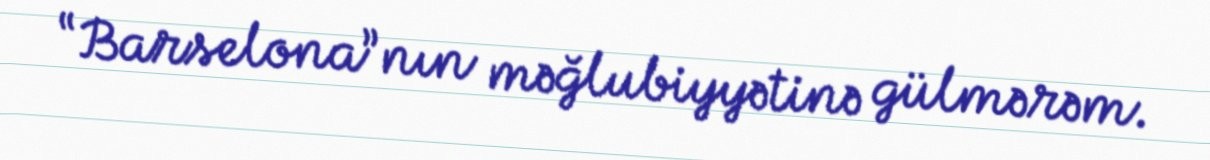
“Barselona”nın məğlubiyyətinə gülmərəm.